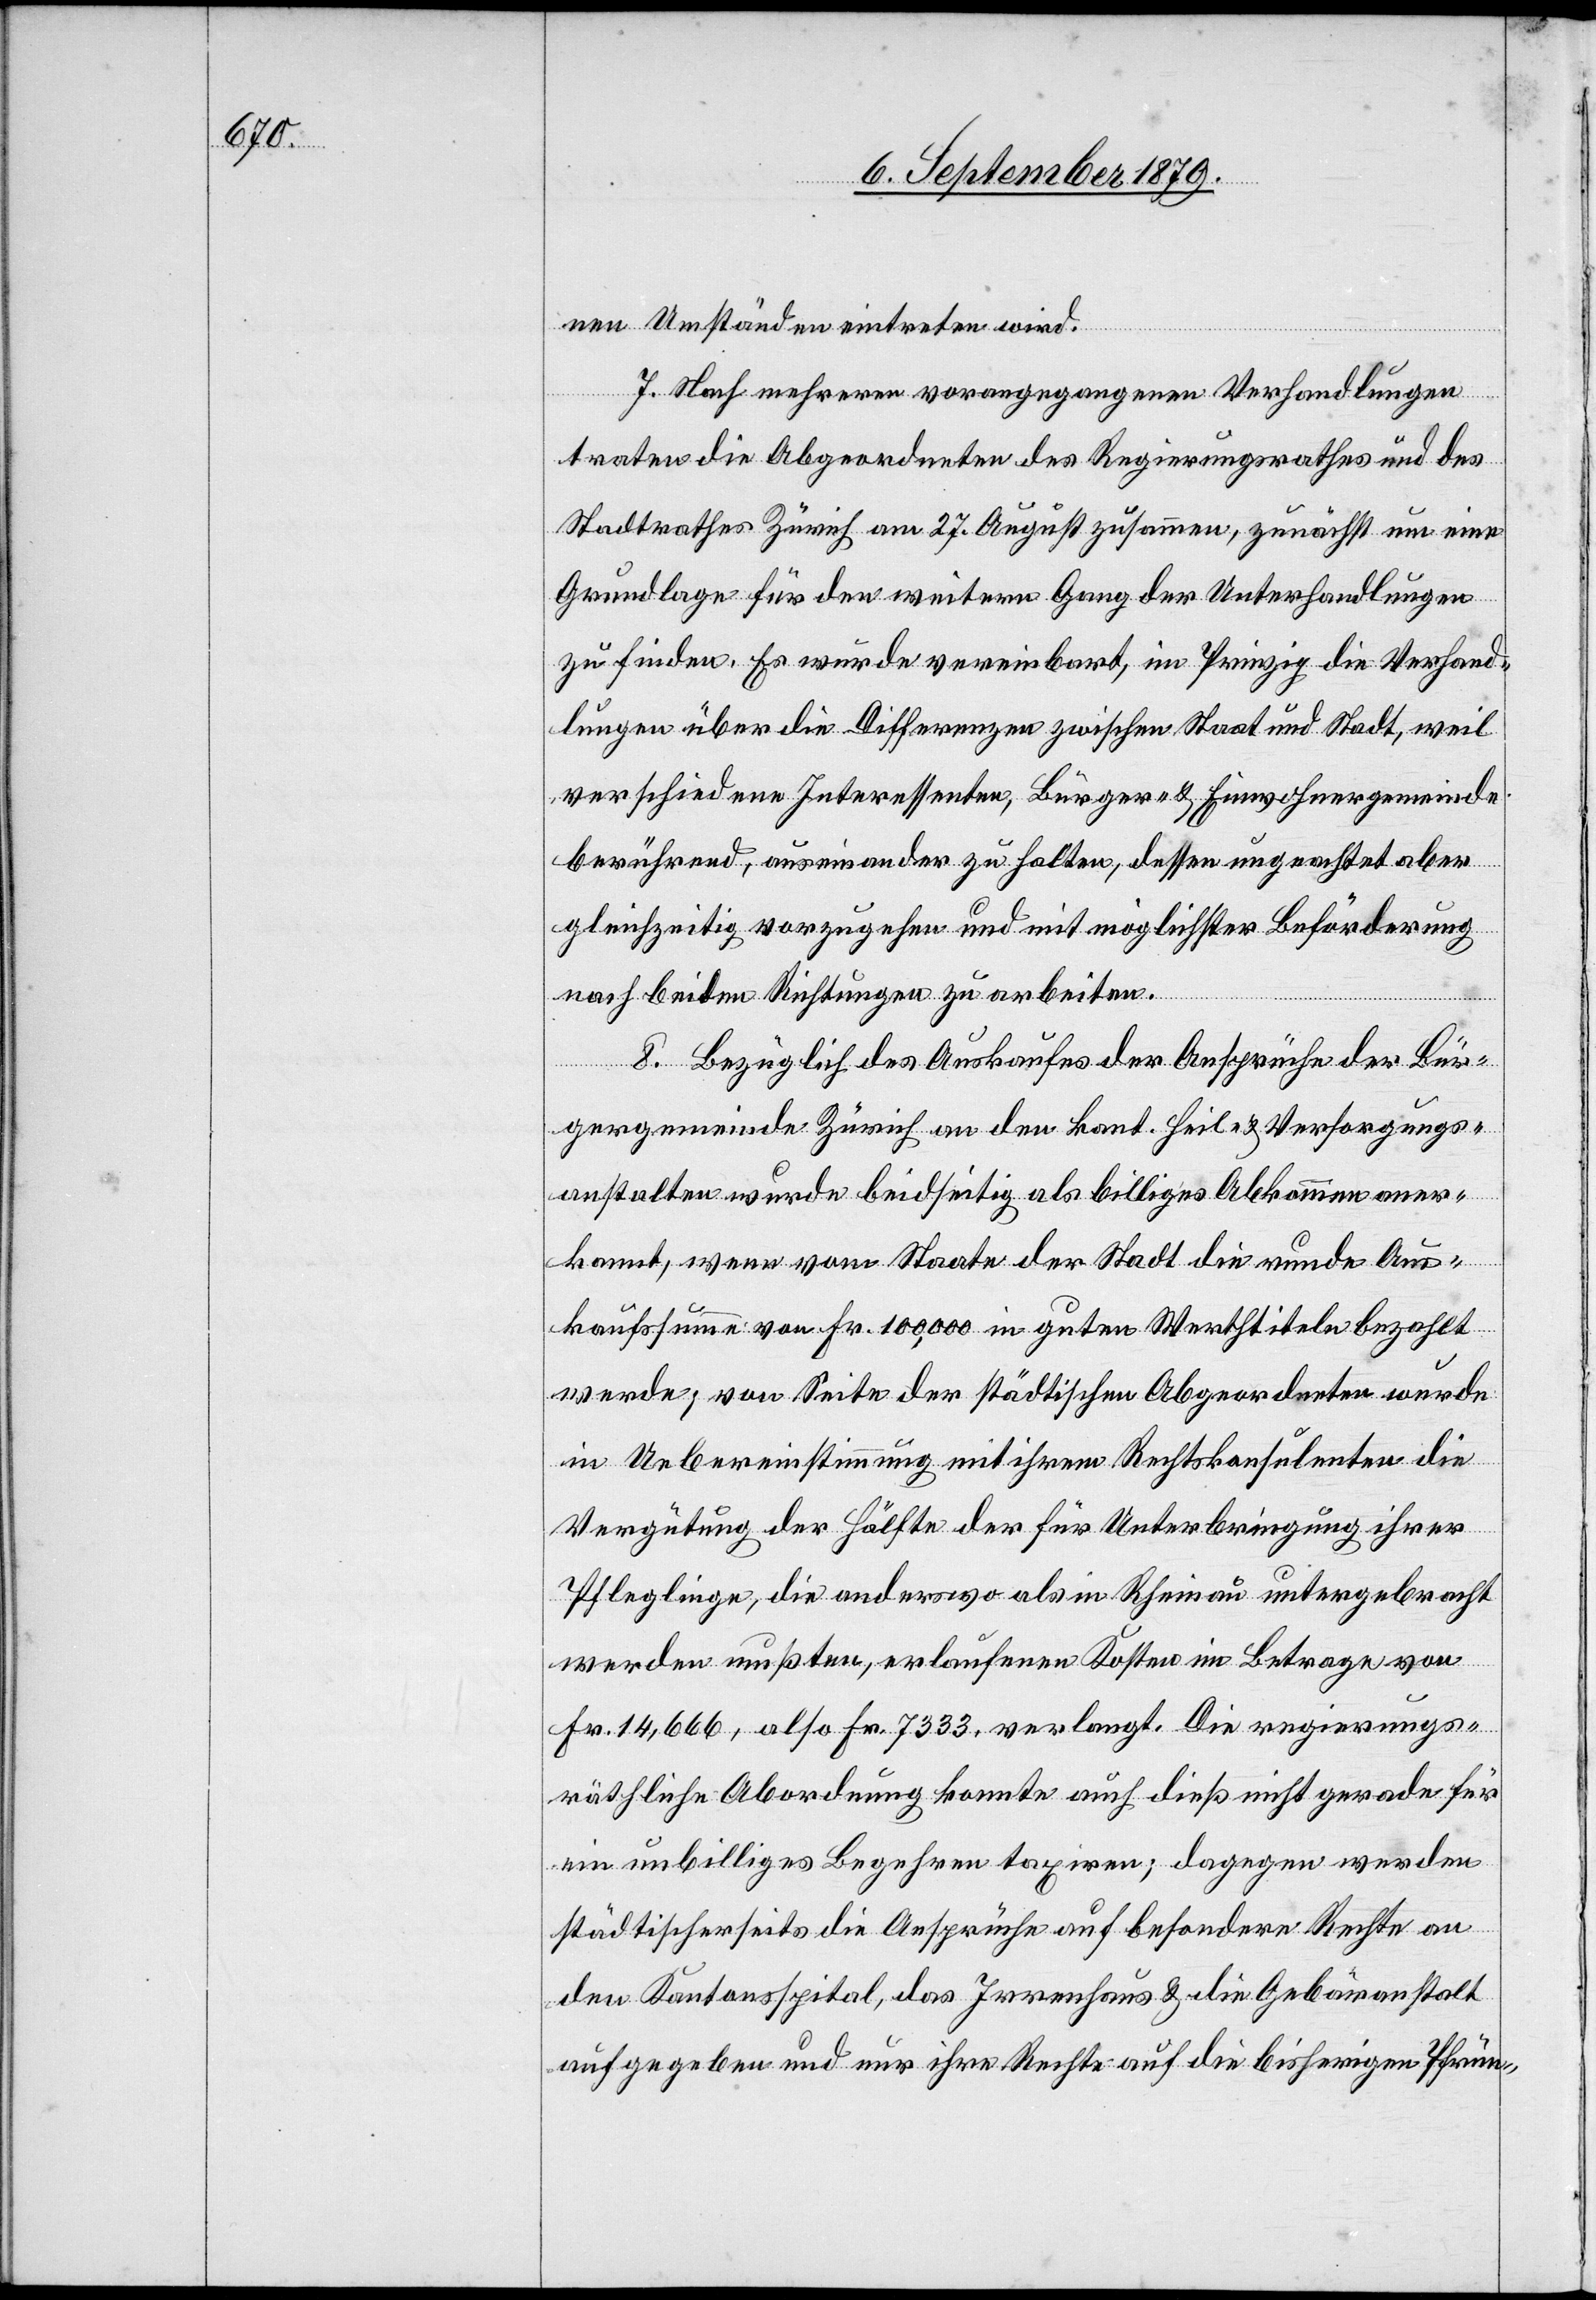
nen Umständen eintreten wird.
7. Nach mehreren vorangegangenen Verhandlungen
traten die Abgeordneten des Regierungsrathes und des
Stadtrathes Zürich am 27. August zusammen, zunächst um eine
Grundlage für den weitern Gang der Unterhandlungen
zu finden. Es wurde vereinbart, im Prinzip die Verhand¬
lungen über die Differenzen zwischen Staat und Stadt, weil
verschiedene Interessenten, Bürger- & Einwohnergemeinde
berührend, auseinander zu halten, dessen ungeachtet aber
gleichzeitig vorzugehen und mit möglichster Beförderung
nach beiden Richtungen zu arbeiten.
8. Bezüglich des Auskaufes der Ansprüche der Bür¬
gergemeinde Zürich an den kant. Heil- & Versorgungs¬
anstalten wurde beidseitig als billiges Abkommen aner¬
kannt, wenn vom Staate der Stadt die runde Aus¬
kaufssumme von Fr. 100,000 in guten Werthtitel bezahlt
werde; von Seite der städtischen Abgeordneten wurde
in Uebereinstimmung mit ihrem Rechtskonsulenten die
Vergütung der Hälfte der für Unterbringung ihrer
Pfleglinge, die anderswo als im Rheinau untergebracht
werden mußten, erlaufenen Kosten im Betrage von
Fr. 14,666, also Fr. 7333, verlangt. Die regierungs¬
räthliche Abordnung konnte auch dieß nicht gerade für
ein unbilliges Begehren taxiren; dagegen werden
städtischerseits die Ansprüche auf besondere Rechte an
den Kantonsspital, das Irrenhaus & die Gebäranstalt
aufgegeben und nur ihre Rechte auf die bisherigen Pfrün-